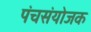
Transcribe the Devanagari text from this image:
पंचसंयोजक